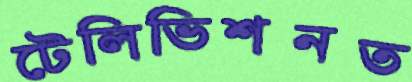
টেলিভিশনত